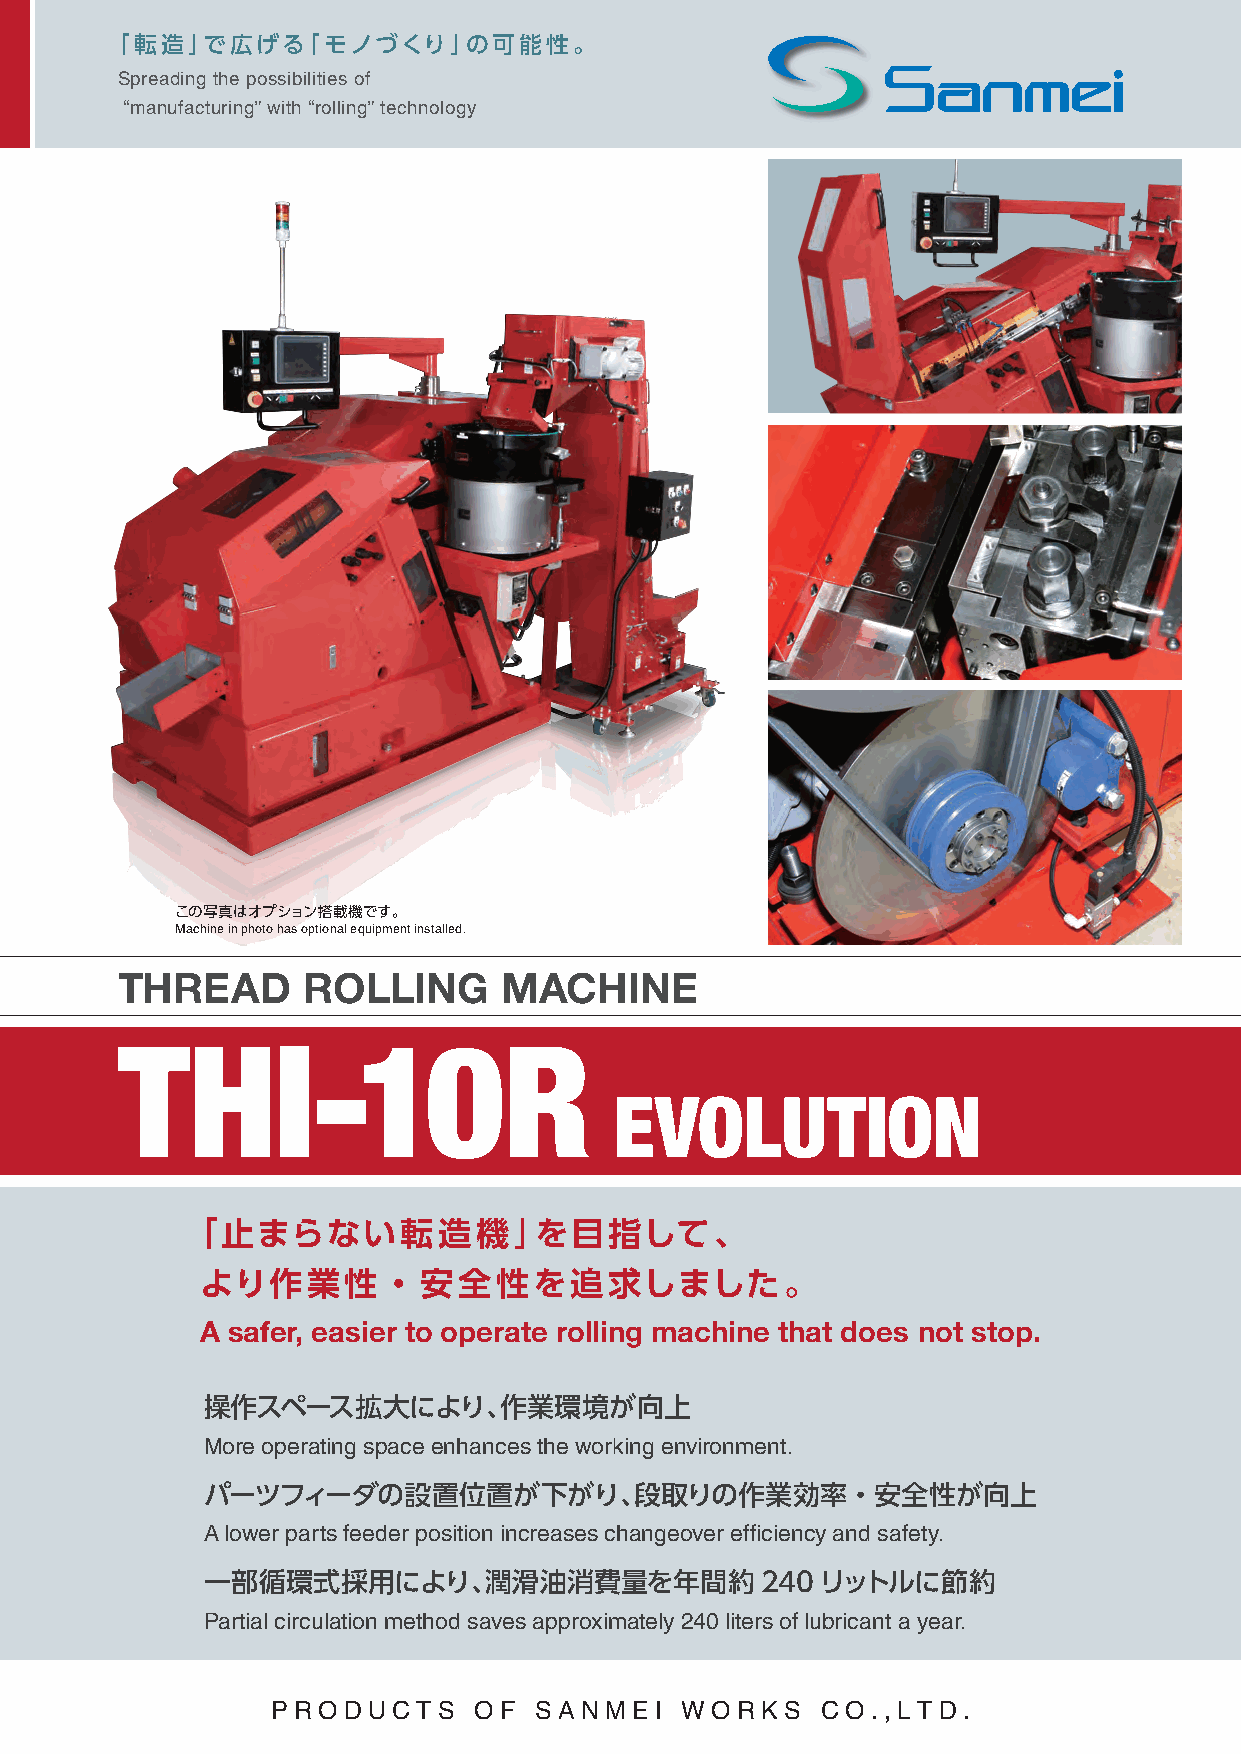
「転造」で広げる「モノづくり」の可能性。
 Spreading the possibilities of
 “manufacturing” with “rolling” technology
 この写真はオプション搭載機です。
 Machine in photo has optional equipment installed.
 THREAD      ROLLING      MACHINE
 THI-10R
 EVOLUTION
 「止まらない転造機」を目指して、
 より作業性・安全性を追求しました。
 A safer, easier to operate rolling machine that does not stop.
 操作スペース拡大により、作業環境が向上
 More operating space enhances the working environment.
 パーツフィーダの設置位置が下がり、段取りの作業効率・安全性が向上
 A lower parts feeder position increases changeover efficiency and safety.
 一部循環式採用により、潤滑油消費量を年間約                240リットルに節約
 Partial circulation method saves approximately 240 liters of lubricant a year.
 PR OD UC  TS OF  SANMEI    WOR  KS  C O.,LTD  .